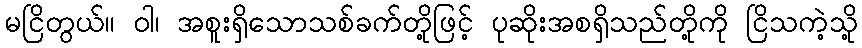
မငြိတွယ်။ ဝါ၊ အစူးရှိသောသစ်ခက်တို့ဖြင့် ပုဆိုးအစရှိသည်တို့ကို ငြိသကဲ့သို့